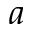
a